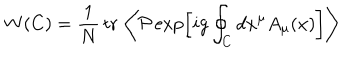
LaTeX: W ( C ) = { \frac { 1 } { N } } \, \mathrm { t r } \, \left\langle { \cal P } \exp \left[ i g \oint _ { C } d x ^ { \mu } A _ { \mu } ( x ) \right] \right\rangle